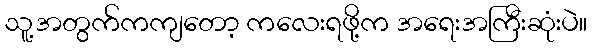
သူ့အတွက်ကကျတော့ ကလေးရဖို့က အရေးအကြီးဆုံးပဲ။